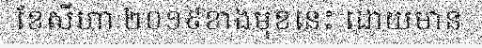
ខែសីហា ២០១៩ខាងមុខនេះ ដោយមាន